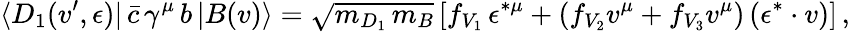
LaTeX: \langle D_{1}(v^{\prime},\epsilon)|\, \bar{c}\, \gamma^{\mu}\, b\, |B(v)\rangle=\sqrt{m_{D_{1}}\, m_{B}}\, [f_{V_{1}}\, \epsilon^{*\mu}+(f_{V_{2}}v^{\mu}+f_{V_{3}}v^{\mu})\, (\epsilon^{*}\cdot v)]\, ,